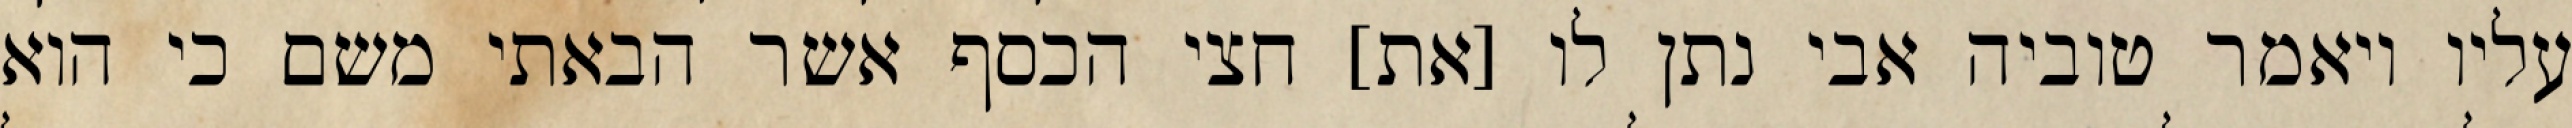
עליו ויאמר טוביה אבי נתן לו [את] חצי הכסף אשר הבאתי משם כי הוא